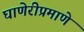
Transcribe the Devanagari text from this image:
घाणेरीप्रमाणे